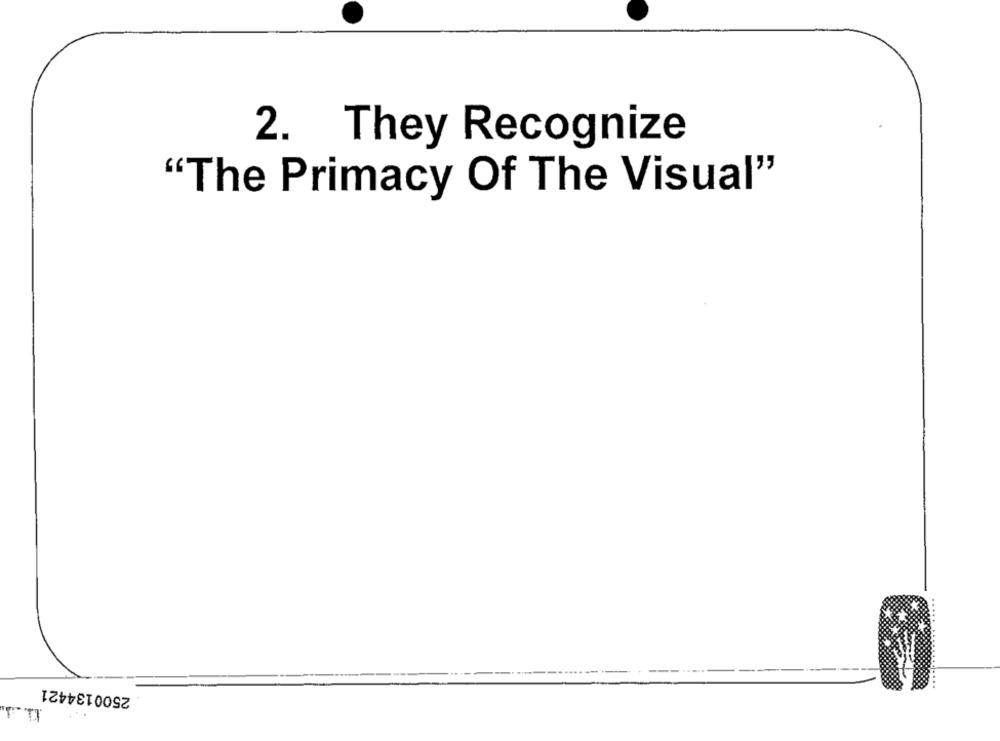
2. They Recognize
"The Primacy Of The Visual"
2500134421